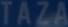
TAZA